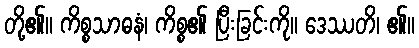
တို့၏။ ကိစ္စသာဓနံ၊ ကိစ္စ၏ ပြီးခြင်းကို။ ဒေဿတိ၊ ၏။